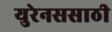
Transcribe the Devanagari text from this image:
युरेनससाठी